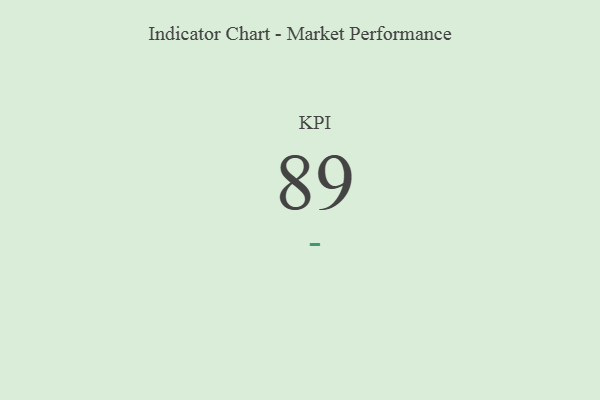
{"axis": {"x": "KPI", "y": "Value"}, "legend": [""], "data": [{"x": "KPI", "y": 89, "type": ""}]}